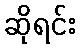
ဆိုရင်း